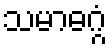
သမာဓဂ္ဂံ